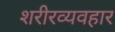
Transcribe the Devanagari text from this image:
शरीरव्यवहार